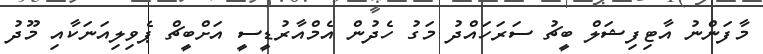
މާފަންނު އާޓިފިޝަލް ބީޗު ސަރަހައްދު މަގު ހެދުން އެމްއާރުޑީސީ އަށްބީޗް ޕެވިލިއަނަކާއި މޫދު